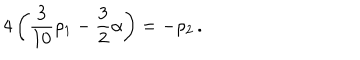
LaTeX: 4 \left( { \frac { 3 } { 1 0 } } \rho _ { 1 } - { \frac { 3 } { 2 } } \alpha \right) = - \rho _ { 2 } \, .